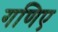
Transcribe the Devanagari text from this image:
गणिए